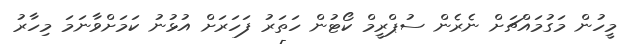
މީހުން މަގުމައްޗަށް ނެރެން ސުޕްރީމް ކޯޓުން ހަތަރު ފަހަރަށް އުޅުނު ކަމަށްވާނަމަ މިހާރު